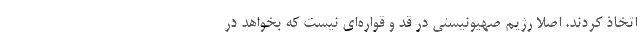
اتخاذ کردند. اصلا رژیم صهیونیستی در قد و قواره‌ای نیست که بخواهد در